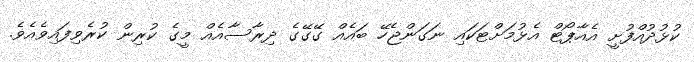
ކުޅުދުއްފުށީ އެއާޕޯޓް އެޅުމަށްޓަކައި ނަގަންޖެހޭ ބައެއް ގޭގޭގެ ދިރާސާއެއް މީގެ ކުރިން ކުރެވިފައިވެއެވެ.